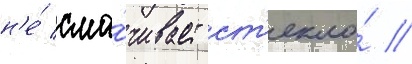
н'е́ сма́чивает ст'екло́ //